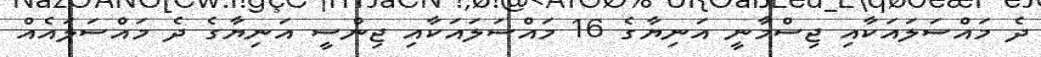
ދެ މައްސަލައަކާއި ޖިސްމާނީ އަނިޔާގެ 16 މައްސަލައަކާއި ޖިންސީ އަނިޔާގެ ދެ މައްސަލައެއް